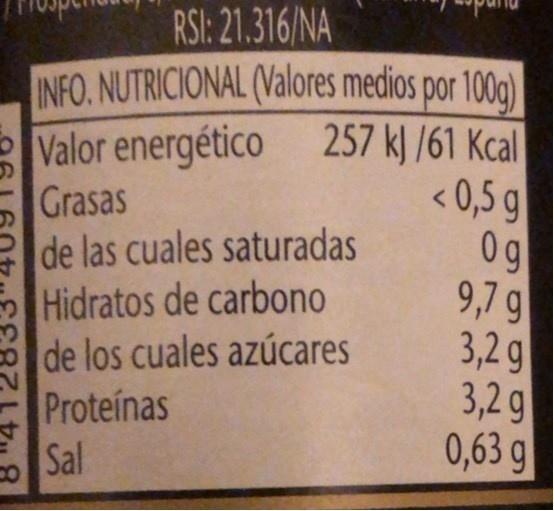
RSI: 21.316/NA
INFO. NUTRICIONAL (Valores medios por 100) Valor energético 257 kJ /61 Kcal Grasas ede las cuales saturadas Hidratos de carbono de los cuales azúcares Proteínas Sal
< 0,5 g 0g 9,7 g 3,2 g 3,2g 0,63 g